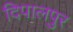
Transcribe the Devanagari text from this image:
दिपालपुर